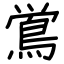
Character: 鴬